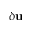
\delta \mathbf { u }